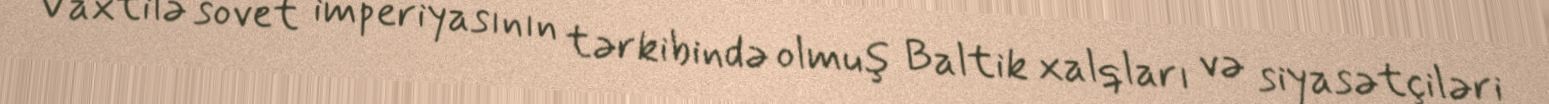
Vaxtilə sovet imperiyasının tərkibində olmuş Baltik xalqları və siyasətçiləri